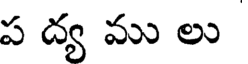
ప ద్య ము లు